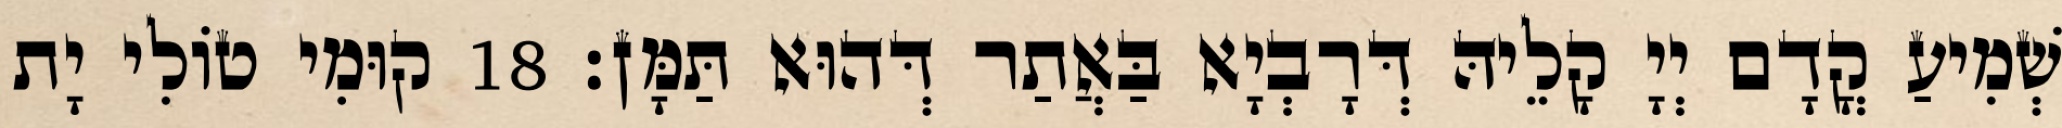
שְׁמִיעַ קֳדָם יְיָ קָלֵיהּ דְּרָבְיָא בַּאֲתַר דְּהוּא תַּמָּן׃ 18 קוּמִי טוֹלִי יָת